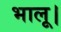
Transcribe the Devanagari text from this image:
भालू।